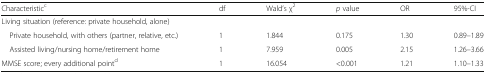
<table><thead><tr><td><b>Characteristic<sup>c</sup></b></td><td><b>df</b></td><td><b>Wald’s χ<sup>2</sup></b></td><td><b><i>p</i> value</b></td><td><b>OR</b></td><td><b>95%-CI</b></td></tr></thead><tbody><tr><td>Living situation (reference: private household, alone)</td><td colspan="5"></td></tr><tr><td> Private household, with others (partner, relative, etc.)</td><td>1</td><td>1.844</td><td>0.175</td><td>1.30</td><td>0.89–1.89</td></tr><tr><td> Assisted living/nursing home/retirement home</td><td>1</td><td>7.959</td><td>0.005</td><td>2.15</td><td>1.26–3.66</td></tr><tr><td>MMSE score; every additional point<sup>d</sup></td><td>1</td><td>16.054</td><td>&lt;0.001</td><td>1.21</td><td>1.10–1.33</td></tr></tbody></table>